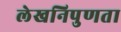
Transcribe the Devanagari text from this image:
लेखनिपुणता